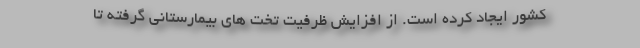
کشور ایجاد کرده است. از افزایش ظرفیت تخت های بیمارستانی گرفته تا